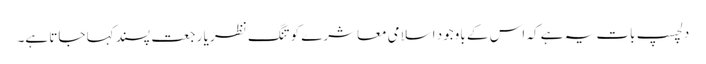
دلچسپ بات یہ ہے کہ اس کے باوجود اسلامی معاشرے کو تنگ نظر یا رجعت پسند کہا جاتا ہے۔